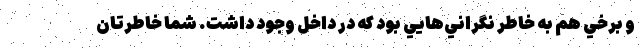
و برخي هم به خاطر نگراني‌هايي بود كه در داخل وجود داشت. شما خاطرتان